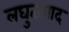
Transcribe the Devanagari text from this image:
लघुतावाद